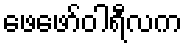
ဖေဖော်ဝါရီလက